Annual report on the working of the lock hospitals in the North-Western Provinces and Oudh
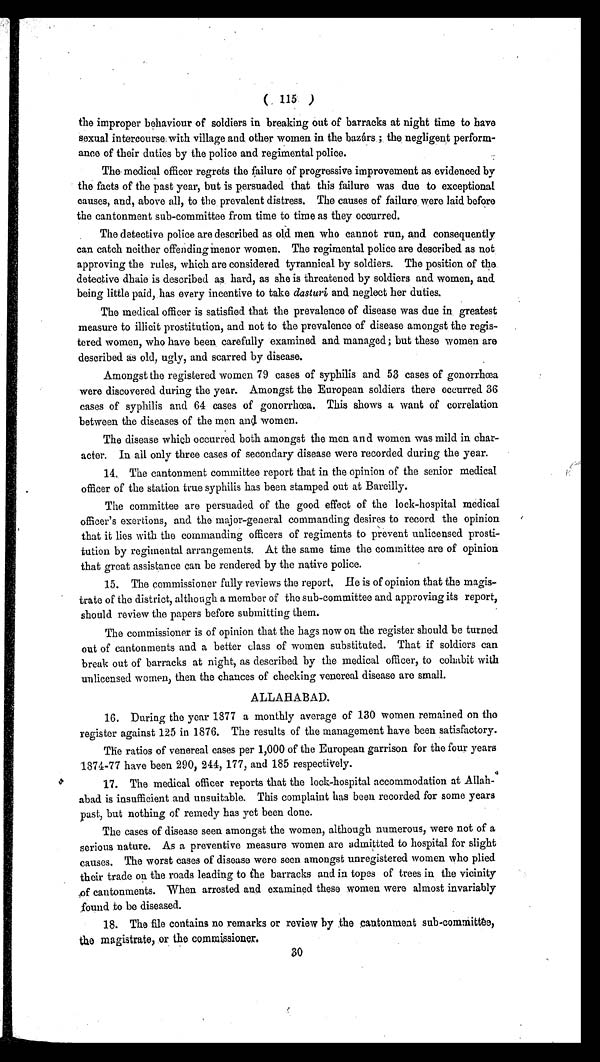
( 115 )
the improper behaviour of soldiers in breaking out of barracks at night time to have
sexual intercourse with village and other women in the bazárs; the negligent perform-
ance of their duties by the police and regimental police.
The medical officer regrets the failure of progressive improvement as evidenced by
the facts of the past year, but is persuaded that this failure was due to exceptional
causes, and, above all, to the prevalent distress. The causes of failure were laid before
the cantonment sub-committee from time to time as they occurred.
The detective police are described as old men who cannot run, and consequently
can catch neither offending menor women. The regimental police are described as not
approving the rules, which are considered tyrannical by soldiers. The position of the
detective dhaie is described as hard, as she is threatened by soldiers and women, and
being little paid, has every incentive to take dasturi and neglect her duties.
The medical officer is satisfied that the prevalence of disease was due in greatest
measure to illicit prostitution, and not to the prevalence of disease amongst the regis-
tered women, who have been carefully examined and managed; but these women are
described as old, ugly, and scarred by disease.
Amongst the registered women 79 cases of syphilis and 53 cases of gonorrhœa
were discovered during the year. Amongst the European soldiers there occurred 36
cases of syphilis and 64 cases of gonorrhœa. This shows a want of correlation
between the diseases of the men and women.
The disease which occurred both amongst the men and women was mild in char-
acter. In all only three cases of secondary disease were recorded during the year.
14. The cantonment committee report that in the opinion of the senior medical
officer of the station true syphilis has been stamped out at Bareilly.
The committee are persuaded of the good effect of the lock-hospital medical
officer's exertions, and the major-general commanding desires to record the opinion
that it lies with the commanding officers of regiments to prevent unlicensed prosti-
tution by regimental arrangements. At the same time the committee are of opinion
that great assistance can be rendered by the native police.
15. The commissioner fully reviews the report. He is of opinion that the magis-
trate of the district, although a member of the sub-committee and approving its report,
should review the papers before submitting them.
The commissioner is of opinion that the hags now on the register should be turned
out of cantonments and a better class of women substituted. That if soldiers can
break out of barracks at night, as described by the medical officer, to cohabit with
unlicensed women, then the chances of checking venereal disease are small.
ALLAHABAD.
16. During the year 1877 a monthly average of 130 women remained on the
register against 125 in 1876. The results of the management have been satisfactory.
The ratios of venereal cases per 1,000 of the European garrison for the four years
1874-77 have been 290, 244, 177, and 185 respectively.
17. The medical officer reports that the lock-hospital accommodation at Allah-
abad is insufficient and unsuitable. This complaint has been recorded for some years
past, but nothing of remedy has yet been done.
The cases of disease seen amongst the women, although numerous, were not of a
serious nature. As a preventive measure women are admittted to hospital for slight
causes. The worst cases of disease were seen amongst unregistered women who plied
their trade on the roads leading to the barracks and in topes of trees in the vicinity
of cantonments. When arrested and examined these women were almost invariably
found to be diseased.
18. The file contains no remarks or review by the cantonment sub-committee,
the magistrate, or the commissioner.
30